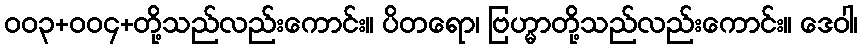
၀၀၃+၀၀၄+တို့သည်လည်းကောင်း။ ပိတရော၊ ဗြဟ္မာတို့သည်လည်းကောင်း။ ဒေဝါ၊